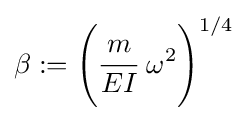
\beta :=\left({\cfrac {m}{EI}}~\omega ^{2}\right)^{1/4}